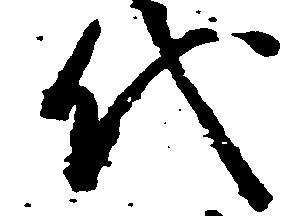
代